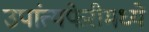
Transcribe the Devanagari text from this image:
उपांत्यफेरीमध्ये